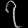
Digit: ၇